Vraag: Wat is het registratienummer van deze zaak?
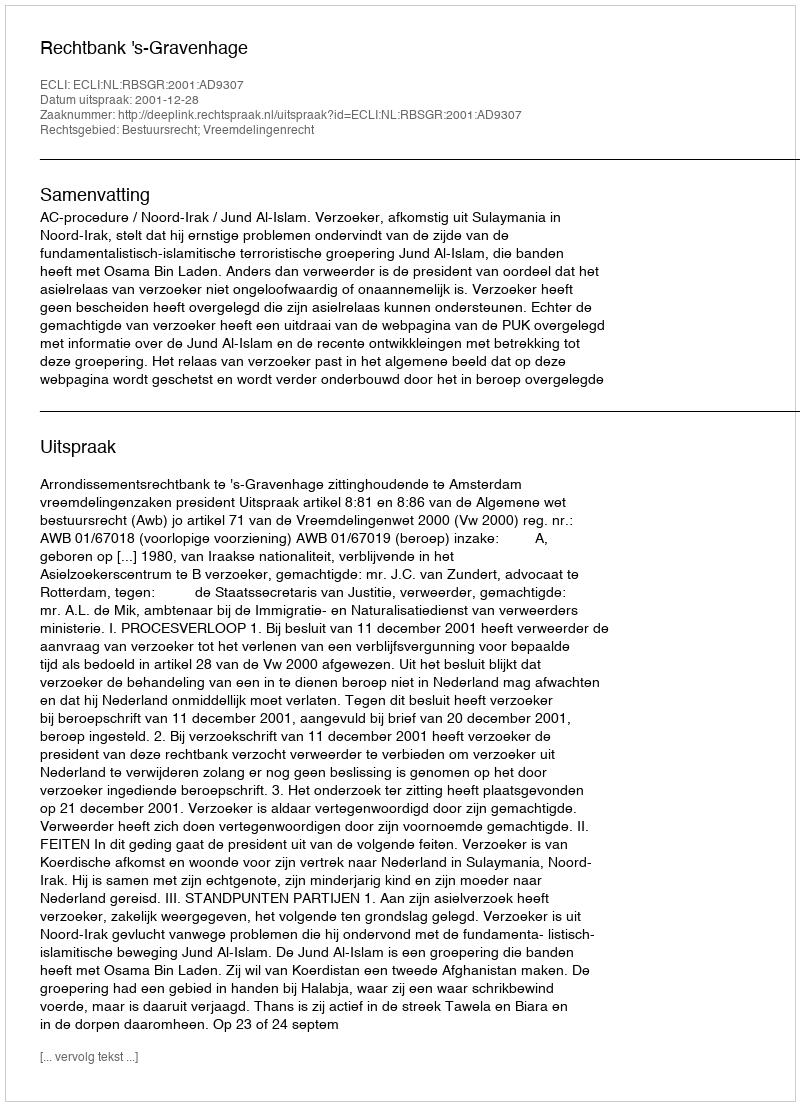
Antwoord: http://deeplink.rechtspraak.nl/uitspraak?id=ECLI:NL:RBSGR:2001:AD9307